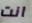
انت